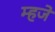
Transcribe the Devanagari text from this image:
म्हजे